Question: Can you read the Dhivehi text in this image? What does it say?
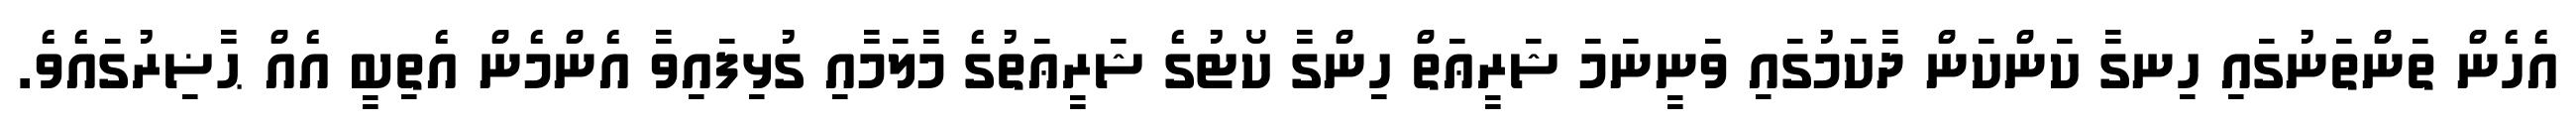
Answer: އެހެން ތަންތަނުގައި ހިނގާ ކަންކަން ދާކަމުގައި ވަނީނަމަ ޝަރީޢަތް ހިންގާ ކޯޓުގެ ޝަރީޢަތުގެ މާލަމާއި ގުޅިފައިވާ އެންމެން އެތިބީ އެއް ޙާޟިރުގައެވެ.